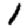
Digit: 1